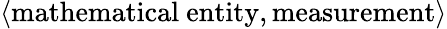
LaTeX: \langle\mathrm{mathematical~entity},\mathrm{measurement}\rangle